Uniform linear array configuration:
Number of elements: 64
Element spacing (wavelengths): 0.25
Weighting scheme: blackman
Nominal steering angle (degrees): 0
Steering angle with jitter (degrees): -0.7631
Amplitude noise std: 0.05
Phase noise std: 0.05

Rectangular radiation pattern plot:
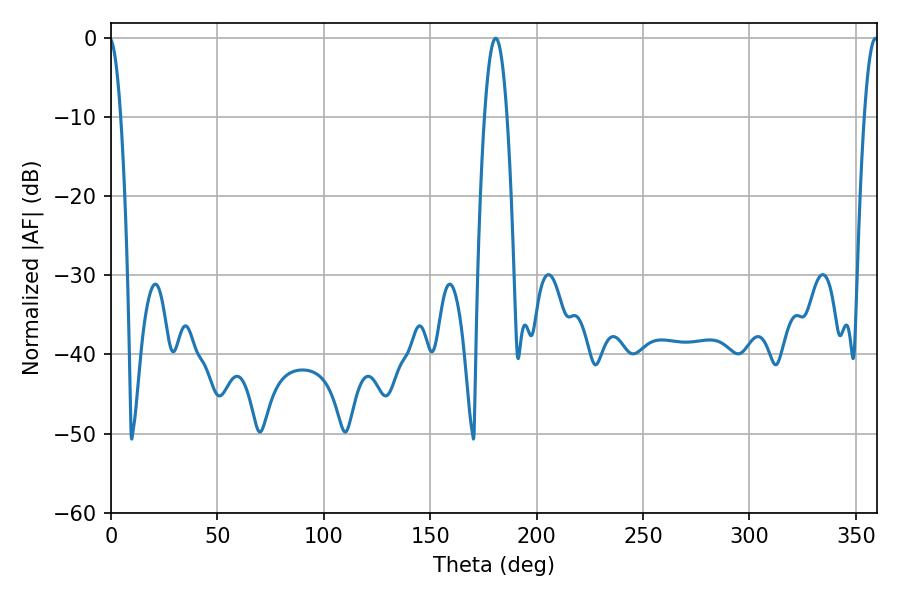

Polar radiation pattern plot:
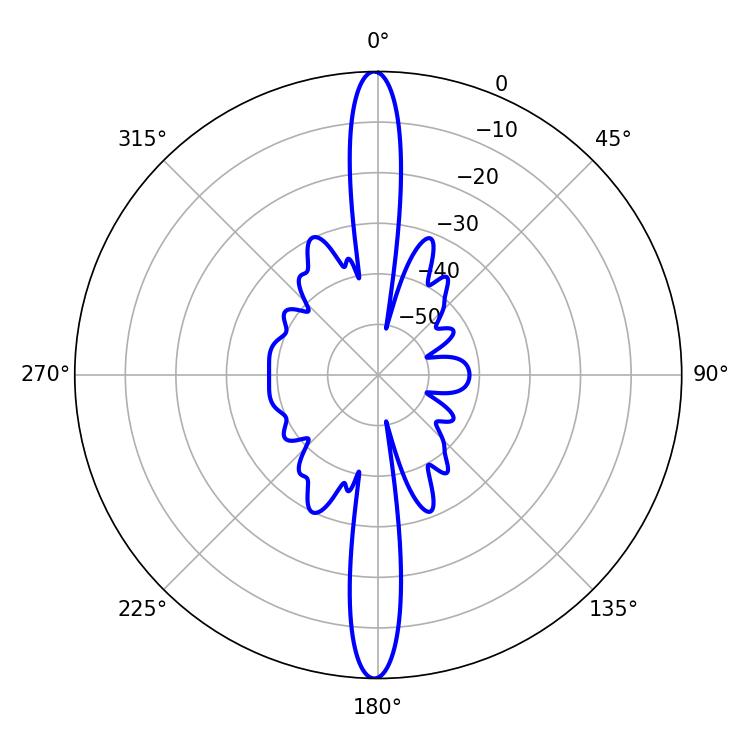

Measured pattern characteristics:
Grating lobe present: FALSE
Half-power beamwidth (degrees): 5.76
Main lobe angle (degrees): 180.72